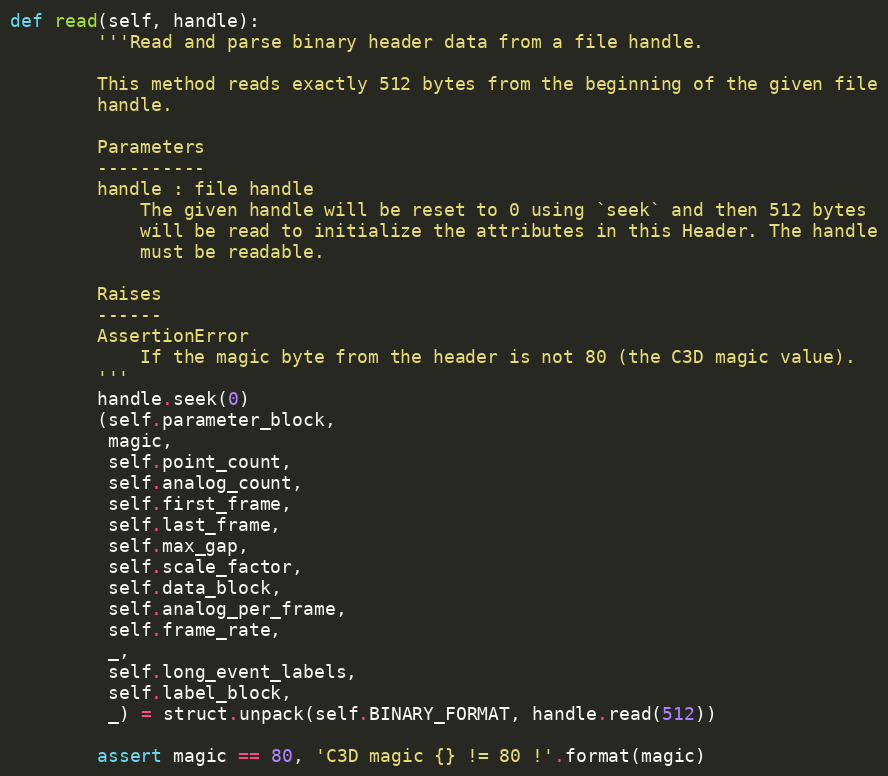
Language: Python
def read(self, handle):
        '''Read and parse binary header data from a file handle.

        This method reads exactly 512 bytes from the beginning of the given file
        handle.

        Parameters
        ----------
        handle : file handle
            The given handle will be reset to 0 using `seek` and then 512 bytes
            will be read to initialize the attributes in this Header. The handle
            must be readable.

        Raises
        ------
        AssertionError
            If the magic byte from the header is not 80 (the C3D magic value).
        '''
        handle.seek(0)
        (self.parameter_block,
         magic,
         self.point_count,
         self.analog_count,
         self.first_frame,
         self.last_frame,
         self.max_gap,
         self.scale_factor,
         self.data_block,
         self.analog_per_frame,
         self.frame_rate,
         _,
         self.long_event_labels,
         self.label_block,
         _) = struct.unpack(self.BINARY_FORMAT, handle.read(512))

        assert magic == 80, 'C3D magic {} != 80 !'.format(magic)